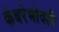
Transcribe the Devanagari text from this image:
कंबरेभोवती